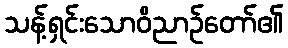
သန့်ရှင်းသောဝိညာဉ်တော်၏